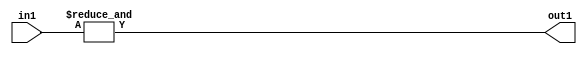
`timescale 1ps / 1ps
/*****************************************************************************
    Verilog RTL Description
    
    
    Created by: Stratus DpOpt 2019.1.01 
*******************************************************************************/

module st_weight_addr_gen_AndReduction_2S_1U_4_8 (
	in1,
	out1
	); /* architecture "behavioural" */ 
input [1:0] in1;
output  out1;
wire  asc001;

assign asc001 = 
	(&in1);

assign out1 = asc001;
endmodule

/* CADENCE  urfwTQk= : u9/ySgnWtBlWxVPRXgAZ4Og= ** DO NOT EDIT THIS LINE ******/